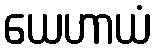
ယေဟာယံ